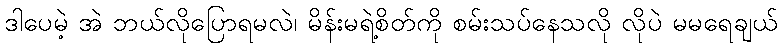
ဒါပေမဲ့ အဲ ဘယ်လိုပြောရမလဲ၊ မိန်းမရဲ့စိတ်ကို စမ်းသပ်နေသလို လိုပဲ မမရေချယ်